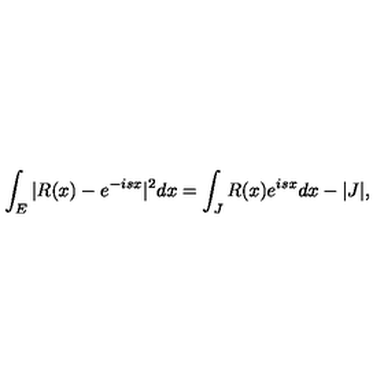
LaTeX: \int _ { E } | R ( x ) - e ^ { - i s x } | ^ { 2 } d x = \int _ { J } R ( x ) e ^ { i s x } d x - | J | ,